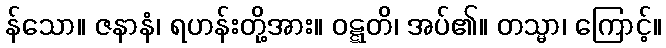
န်သော။ ဇနာနံ၊ ရဟန်းတို့အား။ ဝဋ္ဋတိ၊ အပ်၏။ တသ္မာ၊ ကြောင့်။